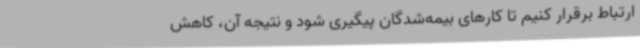
ارتباط برقرار کنیم تا کارهای بیمه‌شدگان پیگیری شود و نتیجه آن، کاهش